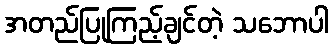
အတည်ပြုကြည့်ချင်တဲ့ သဘောပါ